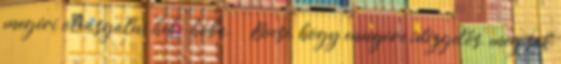
megéri olvasgatni hébe-hóba. Bocsi, hogy ennyire idézgetős, meg sok